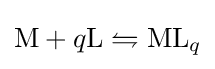
\mathrm {M} +q\mathrm {L} \leftrightharpoons \mathrm {ML} _{q}